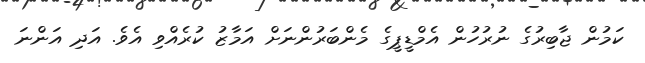
ކަމުން ޖާބިރުގެ ނުރުހުން އެމްޑީޕީގެ މެންބަރުންނަށް އަމާޒު ކުރެއްވި އެވެ. އަދި އަންނަ